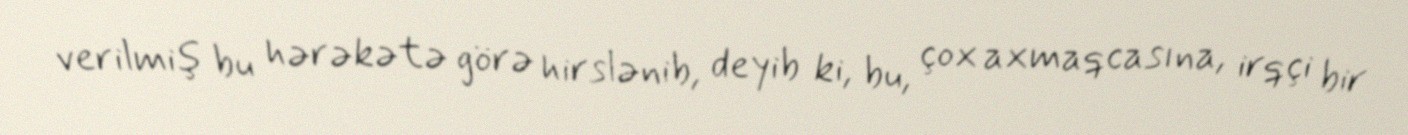
verilmiş bu hərəkətə görə hirslənib, deyib ki, bu, çox axmaqcasına, irqçi bir